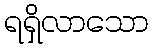
ရရှိလာသော